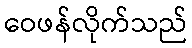
ဝေဖန်လိုက်သည်